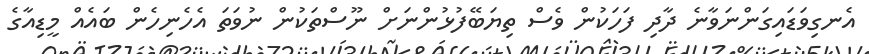
އެނގިވަޑައިގަންނަވާނެ ދާދި ފަހަކުން ވެސް ތިޔަބޭފުޅުންނަށް ނޫސްތަކުން ނުވަތަ އެހެނިހެން ބައެއް މީޑިއާގެ